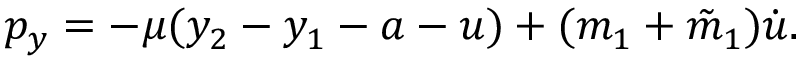
p _ { y } = - \mu ( y _ { 2 } - y _ { 1 } - a - u ) + ( m _ { 1 } + \tilde { m } _ { 1 } ) \dot { u } .